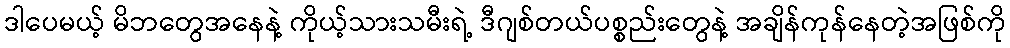
ဒါပေမယ့် မိဘတွေအနေနဲ့ ကိုယ့်သားသမီးရဲ့ ဒီဂျစ်တယ်ပစ္စည်းတွေနဲ့ အချိန်ကုန်နေတဲ့အဖြစ်ကို